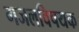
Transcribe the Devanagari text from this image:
गजलविषयक